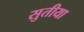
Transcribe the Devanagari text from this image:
सुतीया